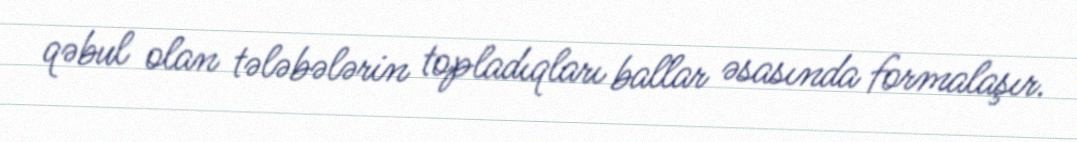
qəbul olan tələbələrin topladıqları ballar əsasında formalaşır.